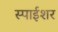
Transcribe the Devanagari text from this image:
स्पाईशर